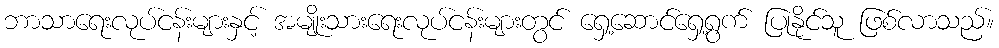
ဘာသာရေးလုပ်ငန်းများနှင့် အမျိုးသားရေးလုပ်ငန်းများတွင် ရှေ့ဆောင်ရှေ့ရွက် ပြုနိုင်သူ ဖြစ်လာသည်။